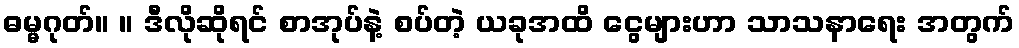
ဓမ္မဂုတ်။ ။ ဒီလိုဆိုရင် စာအုပ်နဲ့ စပ်တဲ့ ယခုအထိ ငွေများဟာ သာသနာရေး အတွက်